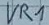
Text: VR1